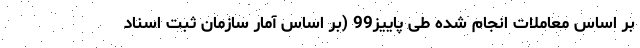
بر اساس معاملات انجام‌ شده طی پاییز99 (بر اساس آمار سازمان ثبت اسناد